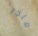
ماذا